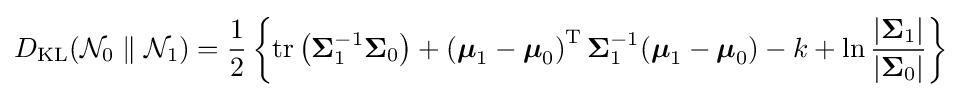
D_{\text{KL}}({\mathcal {N}}_{0}\parallel {\mathcal {N}}_{1})={1 \over 2}\left\{\operatorname {tr} \left({\boldsymbol {\Sigma }}_{1}^{-1}{\boldsymbol {\Sigma }}_{0}\right)+\left({\boldsymbol {\mu }}_{1}-{\boldsymbol {\mu }}_{0}\right)^{\rm {T}}{\boldsymbol {\Sigma }}_{1}^{-1}({\boldsymbol {\mu }}_{1}-{\boldsymbol {\mu }}_{0})-k+\ln {|{\boldsymbol {\Sigma }}_{1}| \over |{\boldsymbol {\Sigma }}_{0}|}\right\}